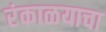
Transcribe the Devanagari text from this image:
रंकाळयाचा